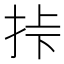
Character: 挊